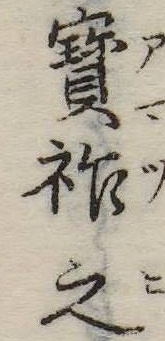
宝祚之